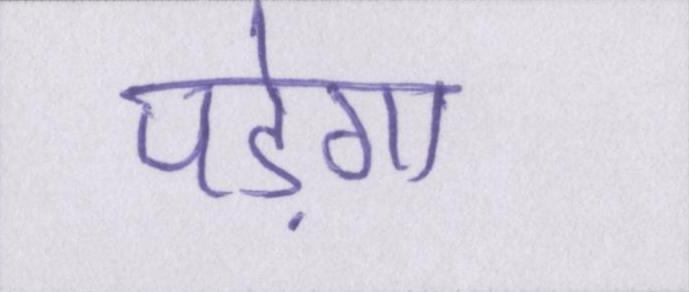
पड़ेगा